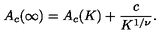
A _ { c } ( \infty ) = A _ { c } ( K ) + \frac { c } { K ^ { 1 / \nu } } .